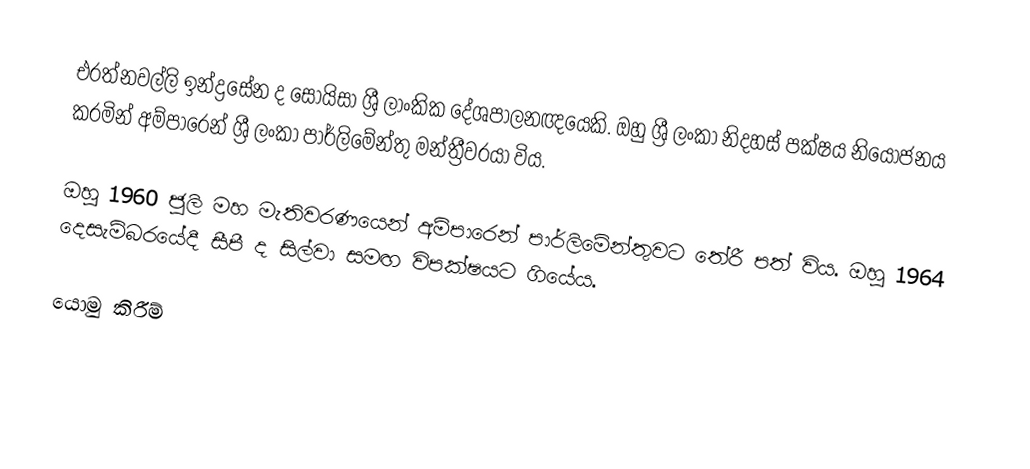
එරත්නවල්ලි ඉන්ද්‍රසේන ද සොයිසා ශ්‍රී ලාංකික දේශපාලනඥයෙකි. ඔහු ශ්‍රී ලංකා නිදහස් පක්ෂය නියෝජනය කරමින් අම්පාරෙන් ශ්‍රී ලංකා පාර්ලිමේන්තු මන්ත්‍රීවරයා විය.

ඔහු 1960 ජූලි මහ මැතිවරණයෙන් අම්පාරෙන් පාර්ලිමේන්තුවට තේරී පත් විය. ඔහු 1964 දෙසැම්බරයේදී සීපී ද සිල්වා සමඟ විපක්ෂයට ගියේය.

යොමු කිරීම්